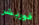
فوربشر